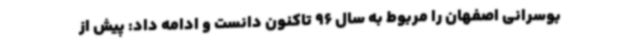
بوسرانی اصفهان را مربوط به سال 96 تاکنون دانست و ادامه داد: پیش از